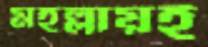
মহল্লায়ই